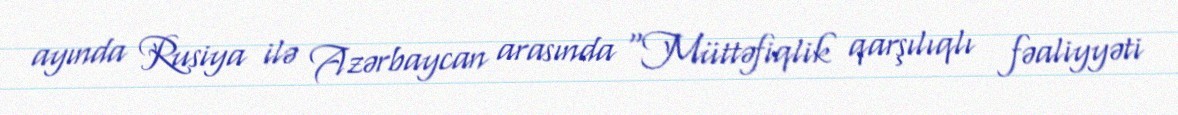
ayında Rusiya ilə Azərbaycan arasında “Müttəfiqlik qarşılıqlı fəaliyyəti